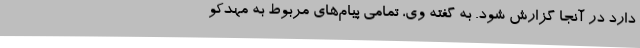
دارد در آنجا گزارش شود. به گفته وی، تمامی پیام‌های مربوط به مهدکو